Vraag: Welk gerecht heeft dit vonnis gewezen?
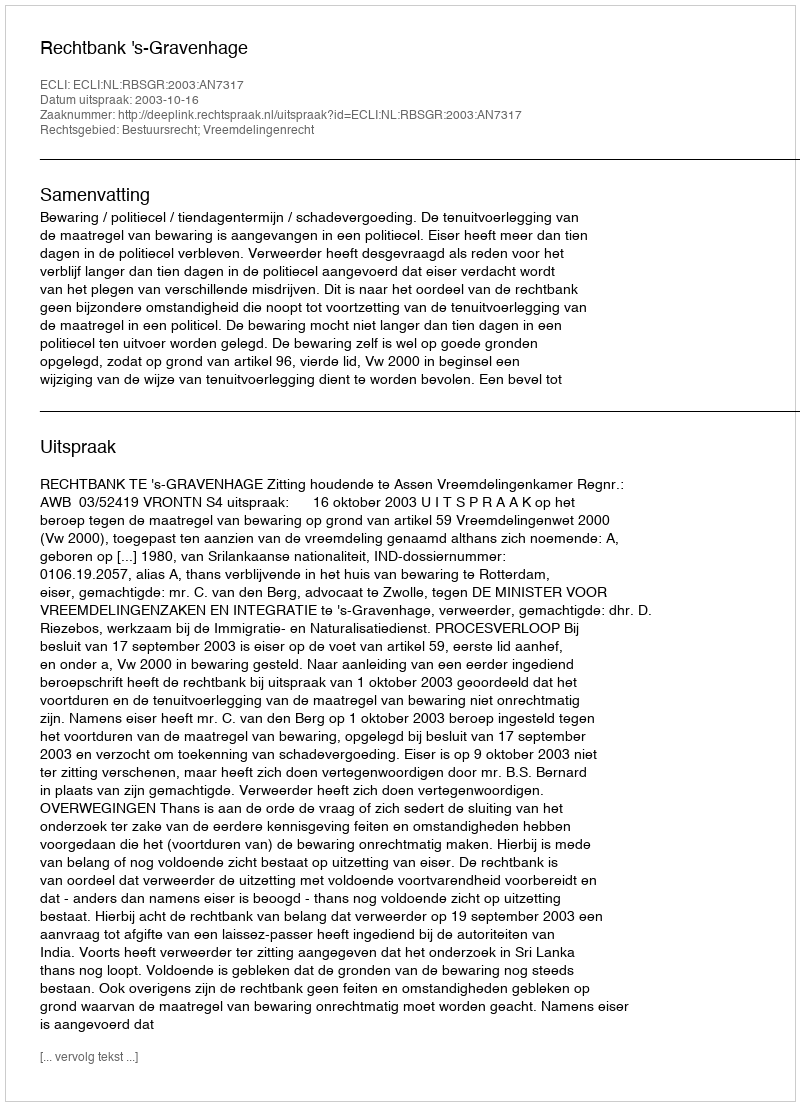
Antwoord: Rechtbank 's-Gravenhage